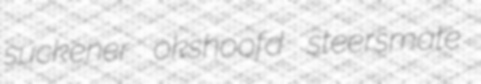
suckener okshoofd steersmate